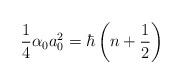
LaTeX: \begin{align*}\frac{1}{4} \alpha_{0} a_{0}^{2} = \hbar \left( n +\frac{1}{2} \right)\end{align*}